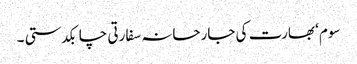
سوم‘ بھارت کی جارحانہ سفارتی چابکدستی ۔